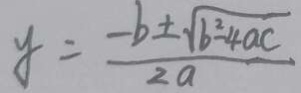
y = \frac { - b \pm \sqrt { b ^ { 2 } - 4 a c } } { 2 a }